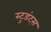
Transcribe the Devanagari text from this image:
स्टुडंट्‍स